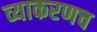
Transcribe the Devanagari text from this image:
व्याकरणच